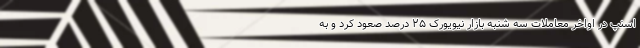
اسنپ در اواخر معاملات سه شنبه بازار نیویورک ۲۵ درصد صعود کرد و به